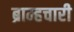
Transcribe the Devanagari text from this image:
ब्राम्हचारी